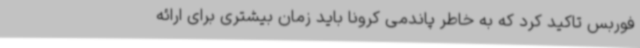
فوربس تاکید کرد که به خاطر پاندمی کرونا باید زمان بیشتری برای ارائه